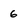
Character: 6